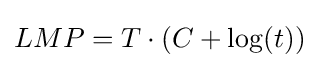
LMP=T\cdot (C+\log(t))